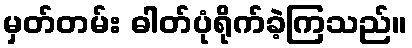
မှတ်တမ်း ဓါတ်ပုံရိုက်ခဲ့ကြသည်။